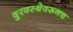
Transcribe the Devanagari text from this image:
दुरवस्थेवरूनच